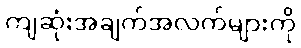
ကျဆုံးအချက်အလက်များကို